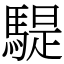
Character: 騠